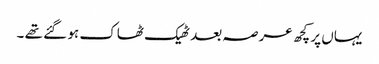
یہاں پر کچھ عرصہ بعد ٹھیک ٹھاک ہو گئے تھے ۔